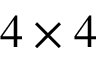
4 \times 4